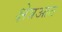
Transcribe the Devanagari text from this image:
क्षेत्रआत